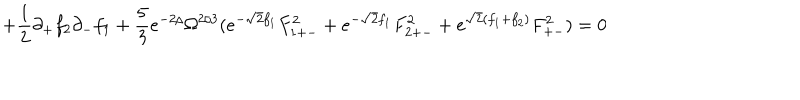
+ \frac { 1 } { 2 } \partial _ { + } f _ { 2 } \partial _ { - } f _ { 1 } + \frac { 5 } { 3 } e ^ { - 2 \rho } \Omega ^ { 2 / 3 } ( e ^ { - \sqrt { 2 } f _ { 1 } } F _ { 1 + - } ^ { 2 } + e ^ { - \sqrt { 2 } f _ { 1 } } F _ { 2 + - } ^ { 2 } + e ^ { \sqrt { 2 } ( f _ { 1 } + f _ { 2 } ) } F _ { + - } ^ { 2 } ) = 0